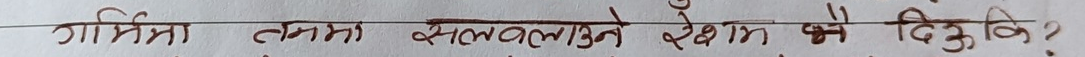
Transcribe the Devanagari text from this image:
गतिमा लमा सलवलने रेखम के दिकुवि?